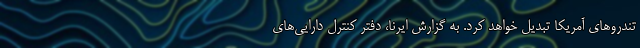
تندروهای آمریکا تبدیل خواهد کرد. به گزارش ایرنا، دفتر کنترل دارایی‌های